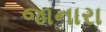
જાનારા